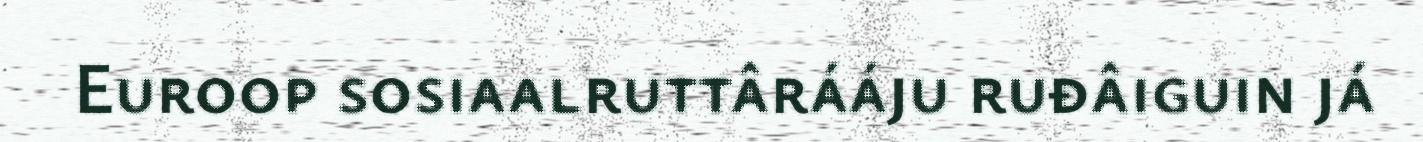
Euroop sosiaalruttârááju ruđâiguin já